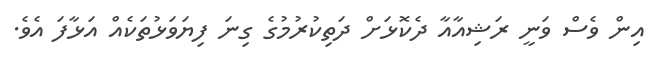
އިން ވެސް ވަނީ ރަޝިއާއާ ދެކޮޅަށް ދަތިކުރުމުގެ ގިނަ ފިޔަވަޅުތަކެއް އަޅާފަ އެވެ.